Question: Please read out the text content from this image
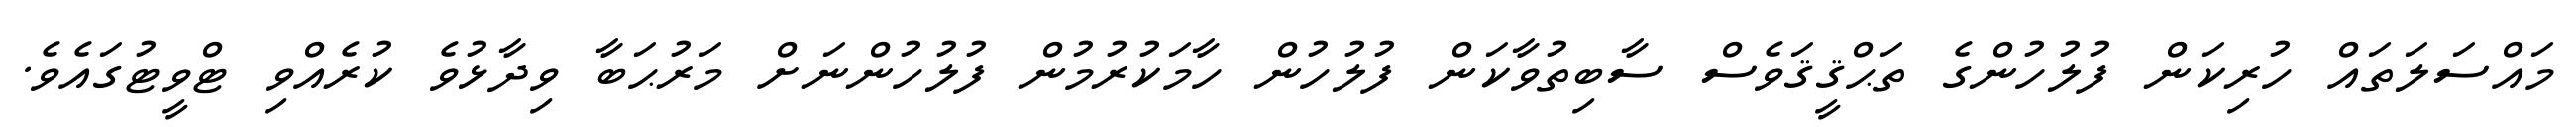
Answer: މައްސަލަތައް ހުރިކަން ފުލުހުންގެ ތަޙްޤީޤަވެސް ސާބިތުވާކަން ފުލުހުން ހާމަކުރުމުން ފުލުހުންނަށް މަރުޙަބާ ވިދާޅުވެ ކުރެއްވި ޓްވީޓުގައެވެ.